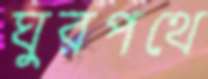
ঘুরপথে